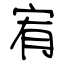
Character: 宥